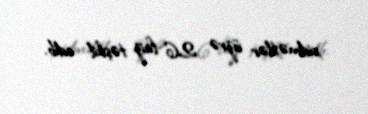
xidmətlər üzrə 2,6 faiz təşkil edib.